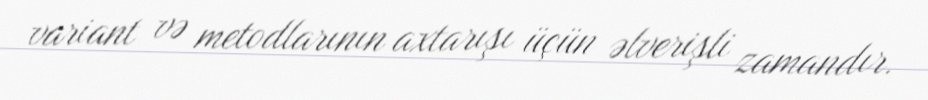
variant və metodlarının axtarışı üçün əlverişli zamandır.